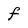
Character: f